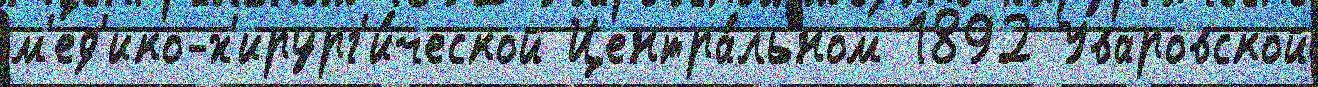
м'ед'ико-х'ирург'и́ческой Центра́льном 1892 Уваровской